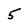
Character: 5